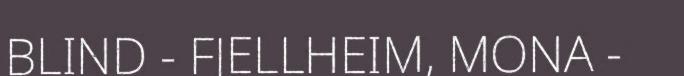
BLIND - FJELLHEIM, MONA -